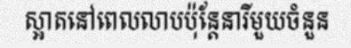
ស្អាតនៅពេលលាបប៉ុន្តែនារីមួយចំនួន